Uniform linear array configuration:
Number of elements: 64
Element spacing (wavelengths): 0.75
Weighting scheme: cosine
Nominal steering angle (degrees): -45
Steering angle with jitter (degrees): -45.885
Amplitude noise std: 0.05
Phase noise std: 0.05

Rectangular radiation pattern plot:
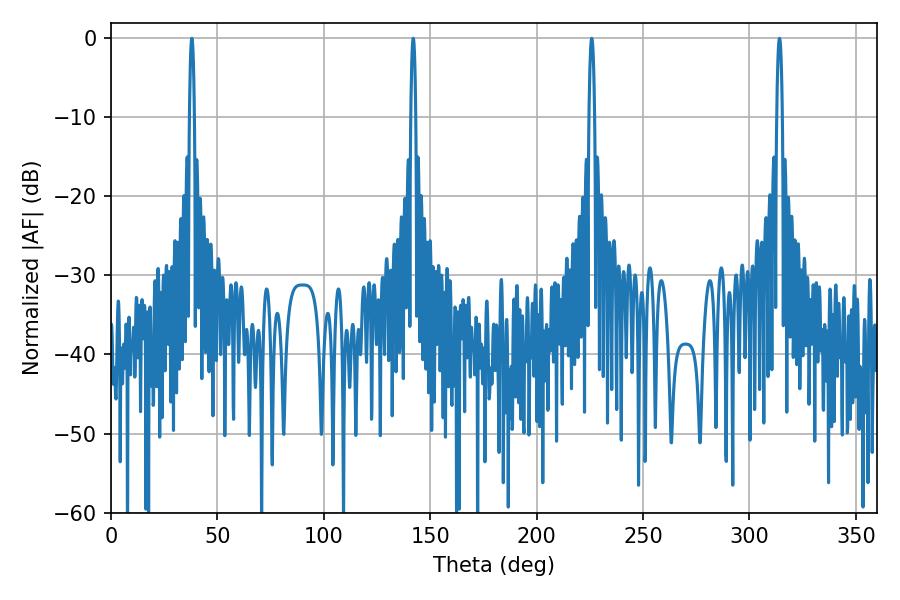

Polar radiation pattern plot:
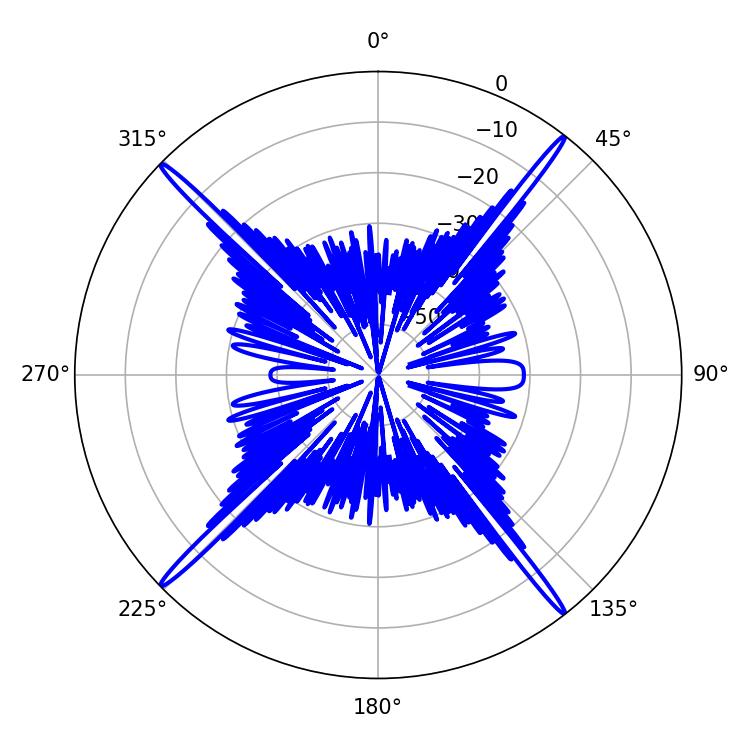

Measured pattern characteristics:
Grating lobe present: TRUE
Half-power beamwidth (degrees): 1.08
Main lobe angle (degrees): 37.98